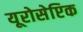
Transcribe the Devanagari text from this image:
यूरोसेप्टिक